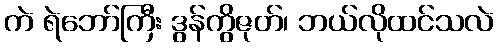
ကဲ ရဲဘော်ကြီး ဒွန်ကွိဇုတ်၊ ဘယ်လိုထင်သလဲ